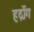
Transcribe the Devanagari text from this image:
हर्द्रोग